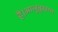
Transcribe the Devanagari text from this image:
है।आलूबुखारा